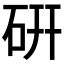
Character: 硏